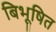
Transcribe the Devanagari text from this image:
बिभूषित